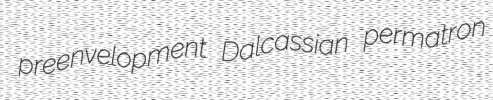
preenvelopment Dalcassian permatron